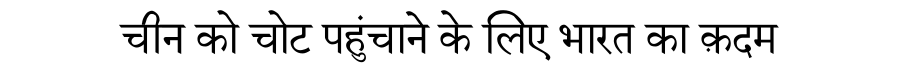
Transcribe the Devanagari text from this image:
चीन को चोट पहुंचाने के लिए भारत का क़दम